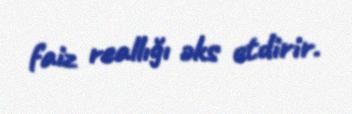
faiz reallığı əks etdirir.